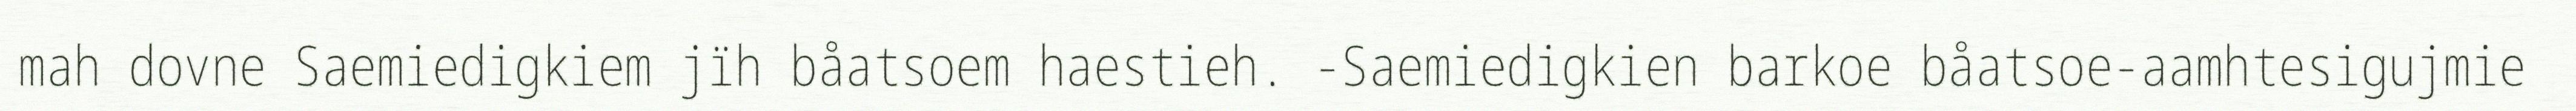
mah dovne Saemiedigkiem jïh båatsoem haestieh. -Saemiedigkien barkoe båatsoe-aamhtesigujmie